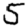
Digit: 5